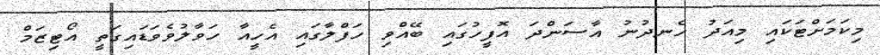
މިކަމަށްޓަކައި މިއަދު ހެނދުނު އާސަންދަ އޮފީހުގައި ބޭއްވި ހަފްލާގައި އެހީއާ ހަވާލުވެވަޑައިގަތީ އޯޓިޒަމް